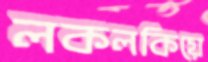
লকলকিয়ে